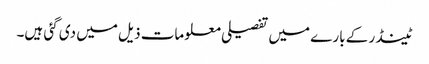
ٹینڈر کے بارے میں تفصیلی معلومات ذیل میں دی گئی ہیں۔